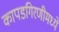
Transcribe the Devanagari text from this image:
कापडगिरणीमध्ये